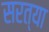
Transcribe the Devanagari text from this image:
सरत्या